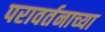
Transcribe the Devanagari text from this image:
परावर्तनाच्या